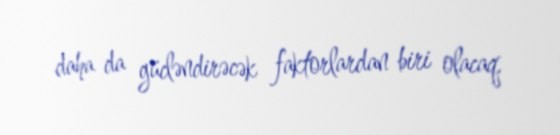
daha da gücləndirəcək faktorlardan biri olacaq.